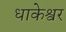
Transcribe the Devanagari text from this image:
धाकेश्वर